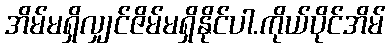
အိမ်မရှိလျှင်ဇိမ်မရှိနိုင်ပါ.ကိုယ်ပိုင်အိမ်